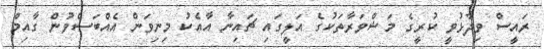
ރައީސް ވިދާޅުވީ ކުރީގެ މަޝްވަރާތަކުގެ އަލީގައި ޗައިނާ އާއެކު މިނިވަން އެއްބަސްވުން ގާއިމް